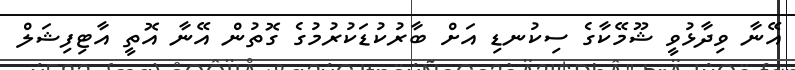
އޭނާ ވިދާޅުވީ ޝޫމޭކާގެ ސިކުނޑި އަށް ބާރުކުޑަކުރުމުގެ ގޮތުން އޭނާ އޮތީ އާޓިފިޝަލް